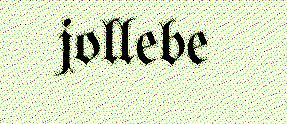
jollebe